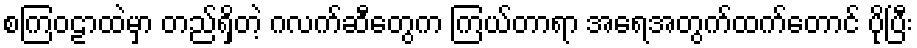
စကြဝဠာထဲမှာ တည်ရှိတဲ့ ဂလက်ဆီတွေက ကြယ်တာရာ အရေအတွက်ထက်တောင် ပိုပြီး